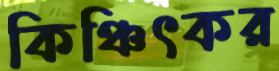
কিঞ্চিৎকর